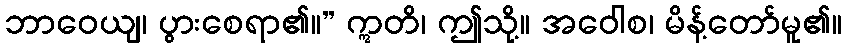
ဘာဝေယျ၊ ပွားစေရာ၏။” ဣတိ၊ ဤသို့။ အဝေါစ၊ မိန့်တော်မူ၏။